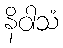
နိဝါသံ